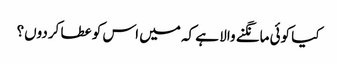
کیا کوئی مانگنے والا ہے کہ میں اس کو عطا کردوں؟